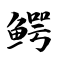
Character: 鳄